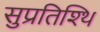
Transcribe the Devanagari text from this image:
सुप्रतिश्थि